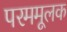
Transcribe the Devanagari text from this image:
परममूलक